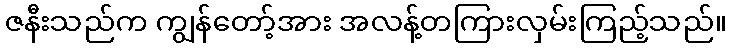
ဇနီးသည်က ကျွန်တော့်အား အလန့်တကြားလှမ်းကြည့်သည်။